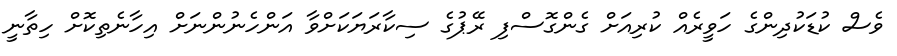
ވެސް ކުޑަކުދިންގެ ހަވީރެއް ކުރިއަށް ގެންގޮސްފި ރޭޕުގެ ސިކާރަޔަކަށްވާ އަންހެނުންނަށް އިހާނެތިކޮށް ހިތާނީ